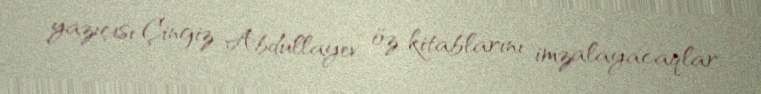
yazıçısı Çingiz Abdullayev öz kitablarını imzalayacaqlar.